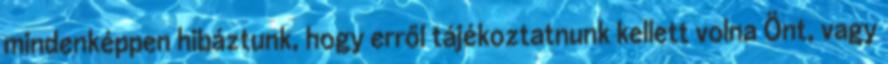
mindenképpen hibáztunk, hogy erről tájékoztatnunk kellett volna Önt, vagy